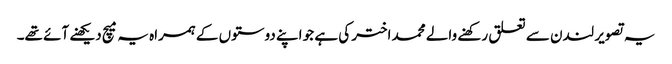
یہ تصویر لندن سے تعلق رکھنے والے محمد اختر کی ہے جو اپنے دوستوں کے ہمراہ یہ میچ دیکھنے آئے تھے۔